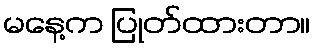
မနေ့က ပြုတ်ထားတာ။